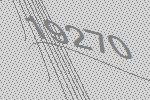
19270